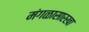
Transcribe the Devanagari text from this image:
मंगळासारखा